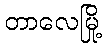
တာလေမြို့